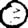
Digit: 0